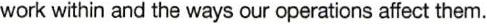
work within and the ways our operations affect them.